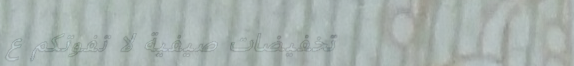
تخفيضات صيفية لا تفوتكم ع